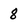
Character: 8